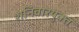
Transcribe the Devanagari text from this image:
शनिवारयुक्त